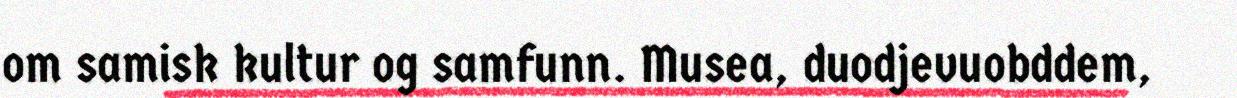
om samisk kultur og samfunn. Musea, duodjevuobddem,